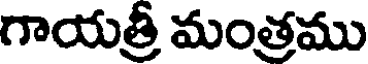
గాయత్రీ మంత్రము